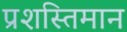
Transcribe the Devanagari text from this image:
प्रशस्तिमान